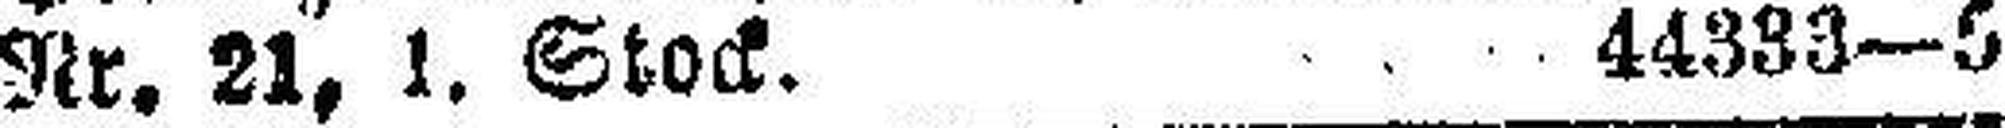
Nr. 21, 1. Stock. 44333—5